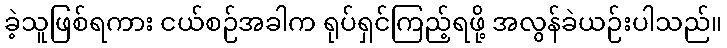
ခဲ့သူဖြစ်ရကား ငယ်စဉ်အခါက ရုပ်ရှင်ကြည့်ရဖို့ အလွန်ခဲယဉ်းပါသည်။